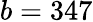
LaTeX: b=347